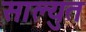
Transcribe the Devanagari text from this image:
साल्युत